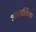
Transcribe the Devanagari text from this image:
अन्तार्तिक